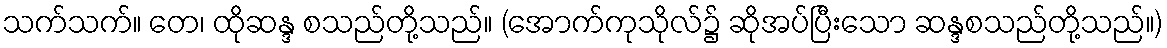
သက်သက်။ တေ၊ ထိုဆန္ဒ စသည်တို့သည်။ (အောက်ကုသိုလ်၌ ဆိုအပ်ပြီးသော ဆန္ဒစသည်တို့သည်။)